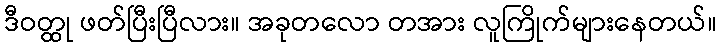
ဒီဝတ္ထု ဖတ်ပြီးပြီလား။ အခုတလော တအား လူကြိုက်များနေတယ်။